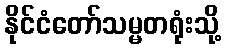
နိုင်ငံတော်သမ္မတရုံးသို့